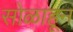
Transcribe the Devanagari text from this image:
सोळाहून